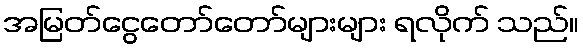
အမြတ်ငွေတော်တော်များများ ရလိုက် သည်။